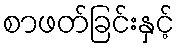
စာဖတ်ခြင်းနှင့်